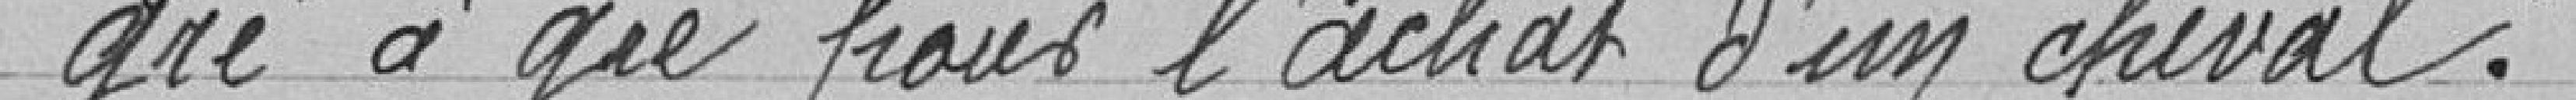
gré à gré pour l'achat d'un cheval.